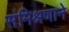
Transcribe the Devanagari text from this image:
संमिश्रणाने